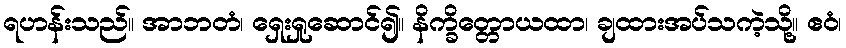
ရဟန်းသည်။ အာဘတံ၊ ရှေးရှုဆောင်၍။ နိက္ခိတ္တောယထာ၊ ချထားအပ်သကဲ့သို့။ ဧဝံ၊